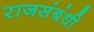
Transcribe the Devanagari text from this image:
राजसंबंधी